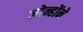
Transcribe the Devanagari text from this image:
जोन्होंने